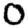
Digit: 0